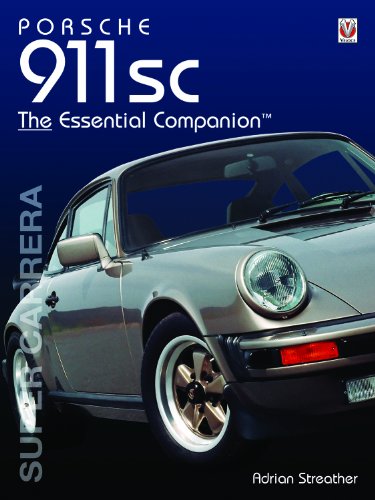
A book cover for Porsche 911SC: The Essential Companion (The Essential Companion); Adrian Streather; Engineering & Transportation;